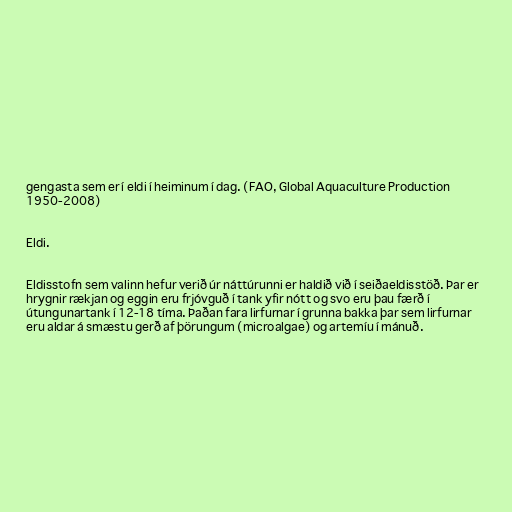
gengasta sem er í eldi í heiminum í dag. (FAO, Global Aquaculture Production
1950-2008)

Eldi.

Eldisstofn sem valinn hefur verið úr náttúrunni er haldið við í seiðaeldisstöð. Þar er
hrygnir rækjan og eggin eru frjóvguð í tank yfir nótt og svo eru þau færð í
útungunartank í 12-18 tíma. Þaðan fara lirfurnar í grunna bakka þar sem lirfurnar
eru aldar á smæstu gerð af þörungum (microalgae) og artemíu í mánuð.